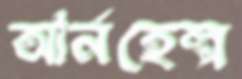
আর্নহেল্প